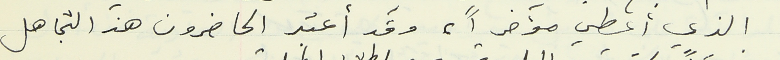
الذي أعطي مؤخراً، وقد أعتبر الحاضرون هذ التجاهل